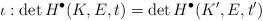
LaTeX: \begin{align*}\iota: \det H^{\bullet}(K, E, t) = \det H^{\bullet}(K', E, t')\end{align*}